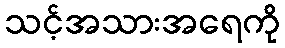
သင့်အသားအရေကို